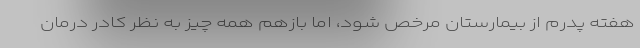
هفته پدرم از بیمارستان مرخص شود، اما بازهم همه چیز به نظر کادر درمان